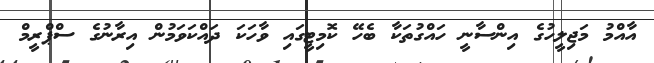
އާއްމު މަޖިލީހުގެ އިންސާނީ ހައްގުތަކާ ބެހޭ ކޮމިޓީގައި ވާހަކަ ދައްކަވަމުން އިރާނުގެ ސްޕްރީމް